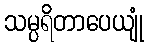
သမ္ပရိတာပေယျုံ